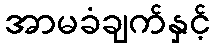
အာမခံချက်နှင့်